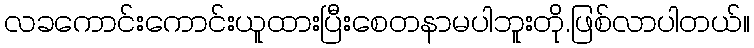
လခကောင်းကောင်းယူထားပြီးစေတနာမပါဘူးတို.ဖြစ်လာပါတယ်။